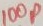
Text: 100p